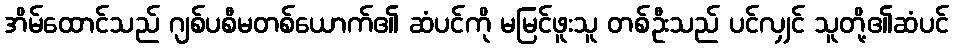
အိမ်ထောင်သည် ဂျစ်ပစီမတစ်ယောက်၏ ဆံပင်ကို မမြင်ဖူးသူ တစ်ဦးသည် ပင်လျှင် သူတို့၏ဆံပင်